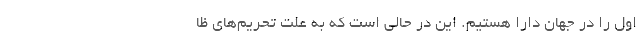
اول را در جهان دارا هستیم. این در حالی است که به علت تحریم‌های ظا